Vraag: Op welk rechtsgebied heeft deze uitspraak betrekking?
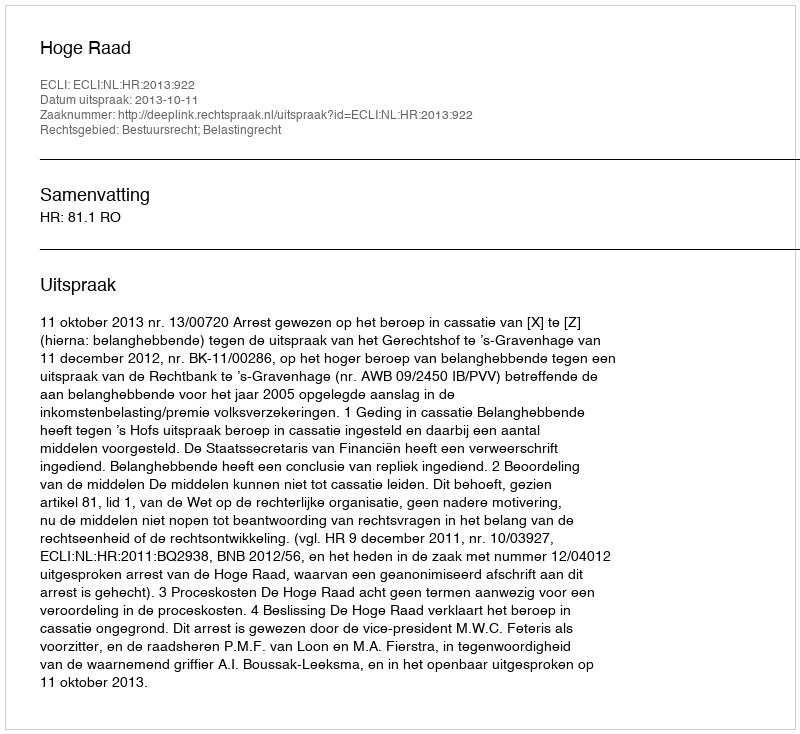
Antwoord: Bestuursrecht; Belastingrecht